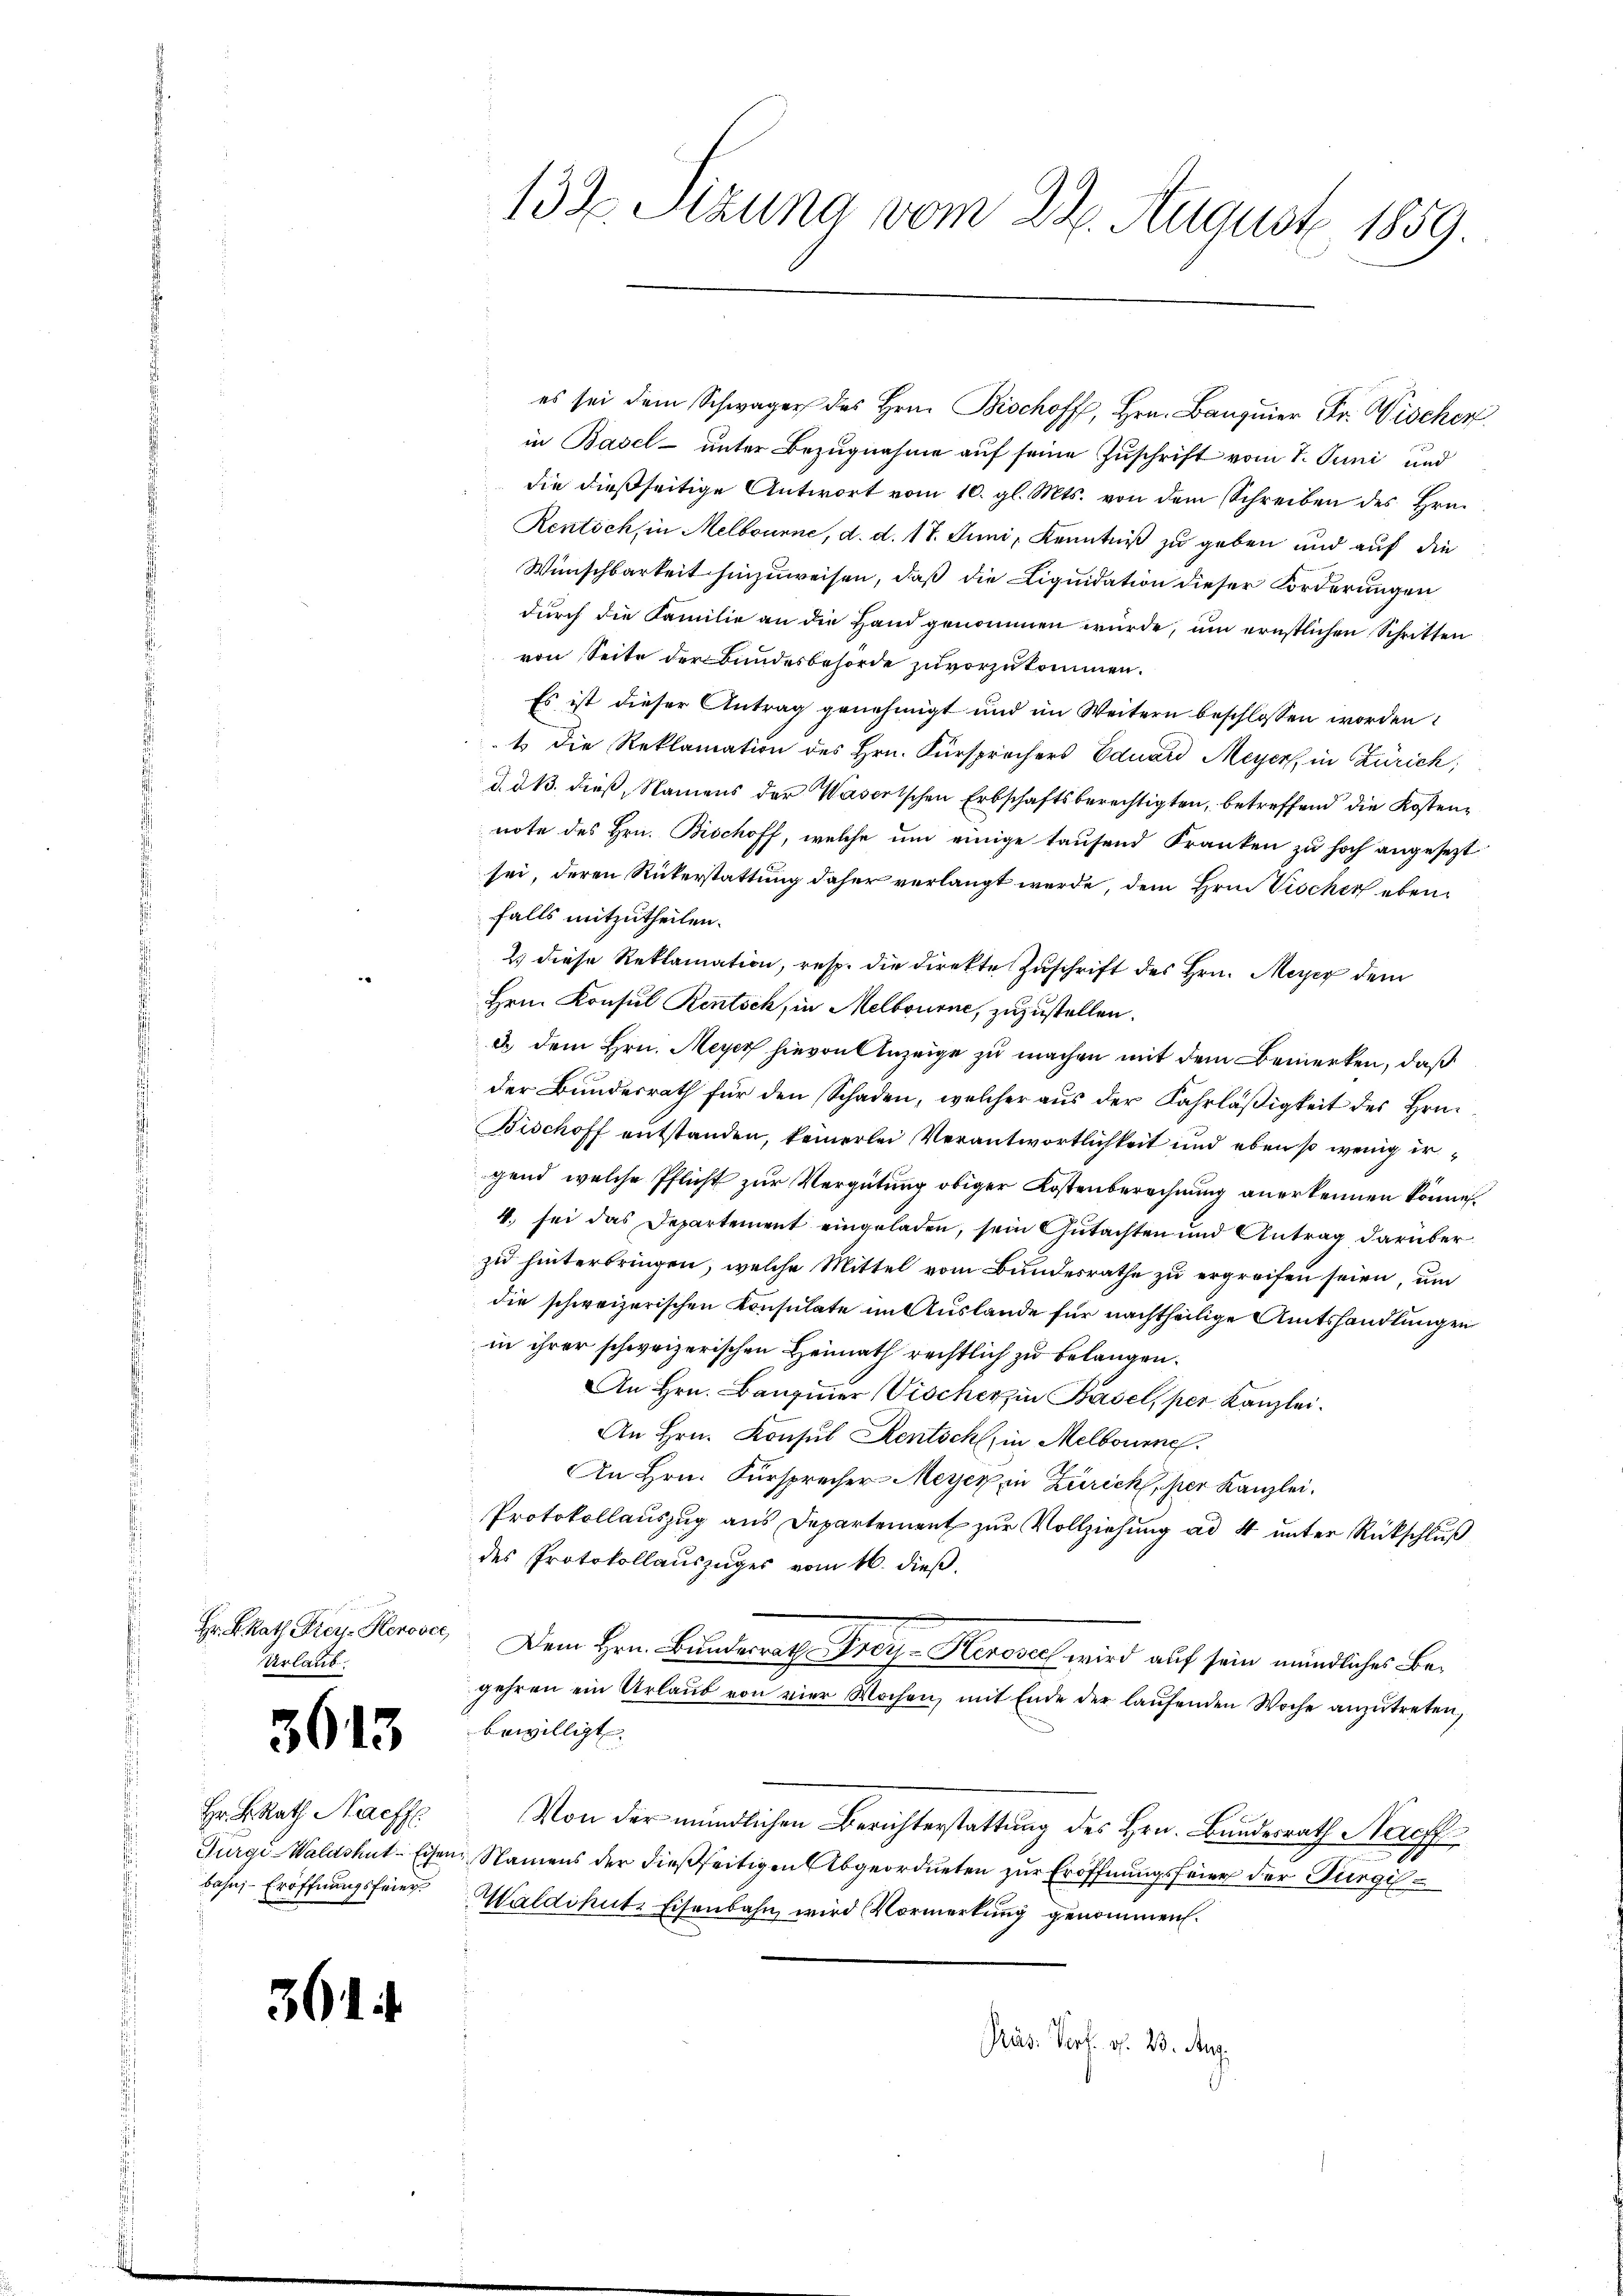
Hr. BRath Frey-Henover,
Urlaub

3613

Hr. K. Rath Nachf
bahn - Eröffnungsfeier

361

132. Stzung vom 22. August 1859.

es sei dem Schwager des Hrn. Bischoff, Hrn. Banquier Fr. Vischer
in Basel- unter Bezugnahme auf seine Zuschrift vom 1. Juni und
die dießseitige Antwort vom 10. gl. Mts. von dem Schreiben des Hrn.
Rentich, in Melbrunne, d. d. 17. Juni, Kenntniß zu geben und auf die
Wünschbarkeit hinzuweisen, daß die Liquidation dieser Forderungen
durch die Familie an die Hand genommen würde, um ernstlichen Schritten
von Seite der Bundesbehörde zuvorzukommen.
Es ist dieser Antrag genehmigt und im Weitern beschlossen worden
1 die Reklamation des Hrn. Fürsprochers Eduard Meyers, in Zürich;
d. d. B. dieß, Namens der Wasertschen Erbschaftsberechtigten, betreffend die Kostennote des Hrn. Bischoff, welche um einige tausend Franken zu hoch angesezt
sei, deren Rükerstattung daher verlangt werde, dem Hrn. Vischer ebenfalls mitzutheilen.
2) diese Reklamation, resp. die Direkte Zuschrift des Hrn. Merz dem
Hrn. Konsul Rentsch, in Melbourne, zuzustellen.
2. dem Hrn. Meyer hievon Anzeige zu machen mit dem Bemerken, daß
der Bundesrath für den Schaden, welcher aus der Fahrläßigkeit des Hrn.
Bischoff entstanden, keinerlei Verantwortlichkeit und eben so wenig irgend, welche Pflicht zur Vergütung obiger Kostenberechnung anerkennen könne.
4. sei das Departement eingeladen, sein Gutachten und Antrag darüber
zu hinterbringen, welche Mittel vom Bundesrathe zu ergreifen seien, um
die schweizerischen Consulate im Auslande für nachtheilige Amtshandlungen
in ihrer schweizerischen Heimath rechtlich zu belangen.
An Hrn. Bauziner (Vischer in Basel, per Kanzlei.
An Hrn. Konsul Kentschl, in Melbourne.
An Hrn. Fürsprecher Meyer, in Zürich her Kanzlei,
Protokollauszug aus Departement zur Vollziehung ad 4 unter Rückschluß
des Protokollauszuges vom 16. dieß,
Dem Hrn. Bundesrath Proy - Herovich wird auf sein mündliches Begehren ein Urlaŭb von vier Wochen, mit Ende der laŭfenden Woche anzŭtreten,
bewilligt.
Von der mündlichen Berichterstattung des Hrn. Bundesrath Nachf
9
Turgi-Waldshut-Eisen, Namens der dießseitigen Abgeordneten zur Eröffnungsfeier der Bürgi
Waldshut. Eisenbahn wird Vormerkung genommen.
Präs. Vort. v. 23. Aug.